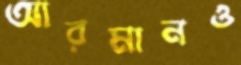
আরমানও